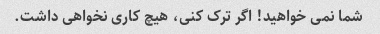
شما نمی خواهید! اگر ترک کنی، هیچ کاری نخواهی داشت.